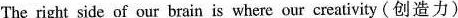
The right side of our brain is where our creativity (创造力)